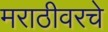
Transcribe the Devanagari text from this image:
मराठीवरचे